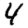
Digit: 4